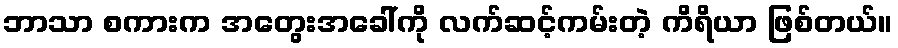
ဘာသာ စကားက အတွေးအခေါ်ကို လက်ဆင့်ကမ်းတဲ့ ကိရိယာ ဖြစ်တယ်။